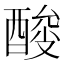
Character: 𰼎